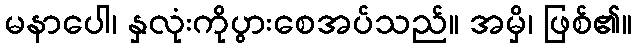
မနာပေါ၊ နှလုံးကိုပွားစေအပ်သည်။ အမှိ၊ ဖြစ်၏။